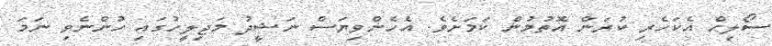
ސޯލިހް އެކަހެރި ކުރަން އޮތުމުން ކަމަށެވެ. އެހެންވިޔަސް ނަޝީދު މަޖިލީހުގައި ހުންނެވި ނަމަ